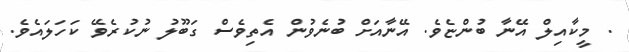
. މީކާއިލް އޭނާ ބުންޏެވެ. އޭނާއަށް ބުނެވުން އެތިވެސް ގަބޫލު ނުކުރެވޭ ކަހަލައެވެ.